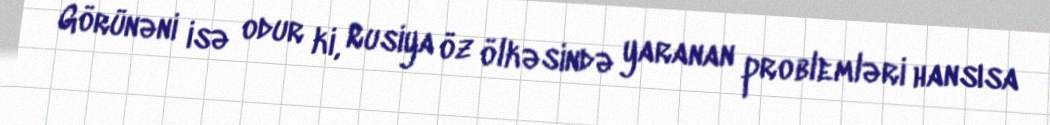
Görünəni isə odur ki, Rusiya öz ölkəsində yaranan problemləri hansısa